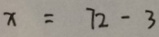
x = 7 2 - 3